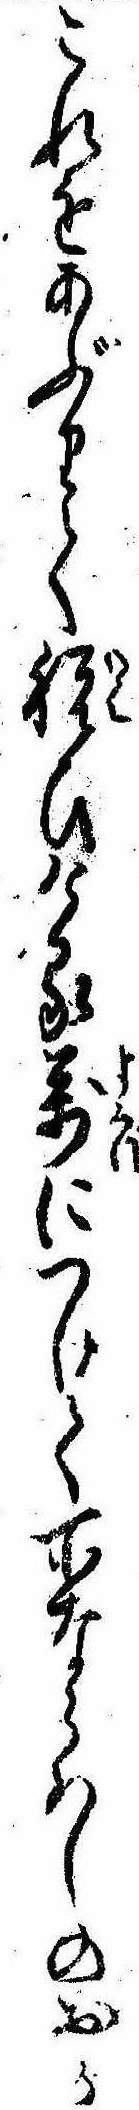
これをあぶりて祝ひける万につけて所ならはしのおか